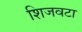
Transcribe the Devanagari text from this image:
शिजवटा